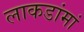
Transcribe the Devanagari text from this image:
लाकडांमां